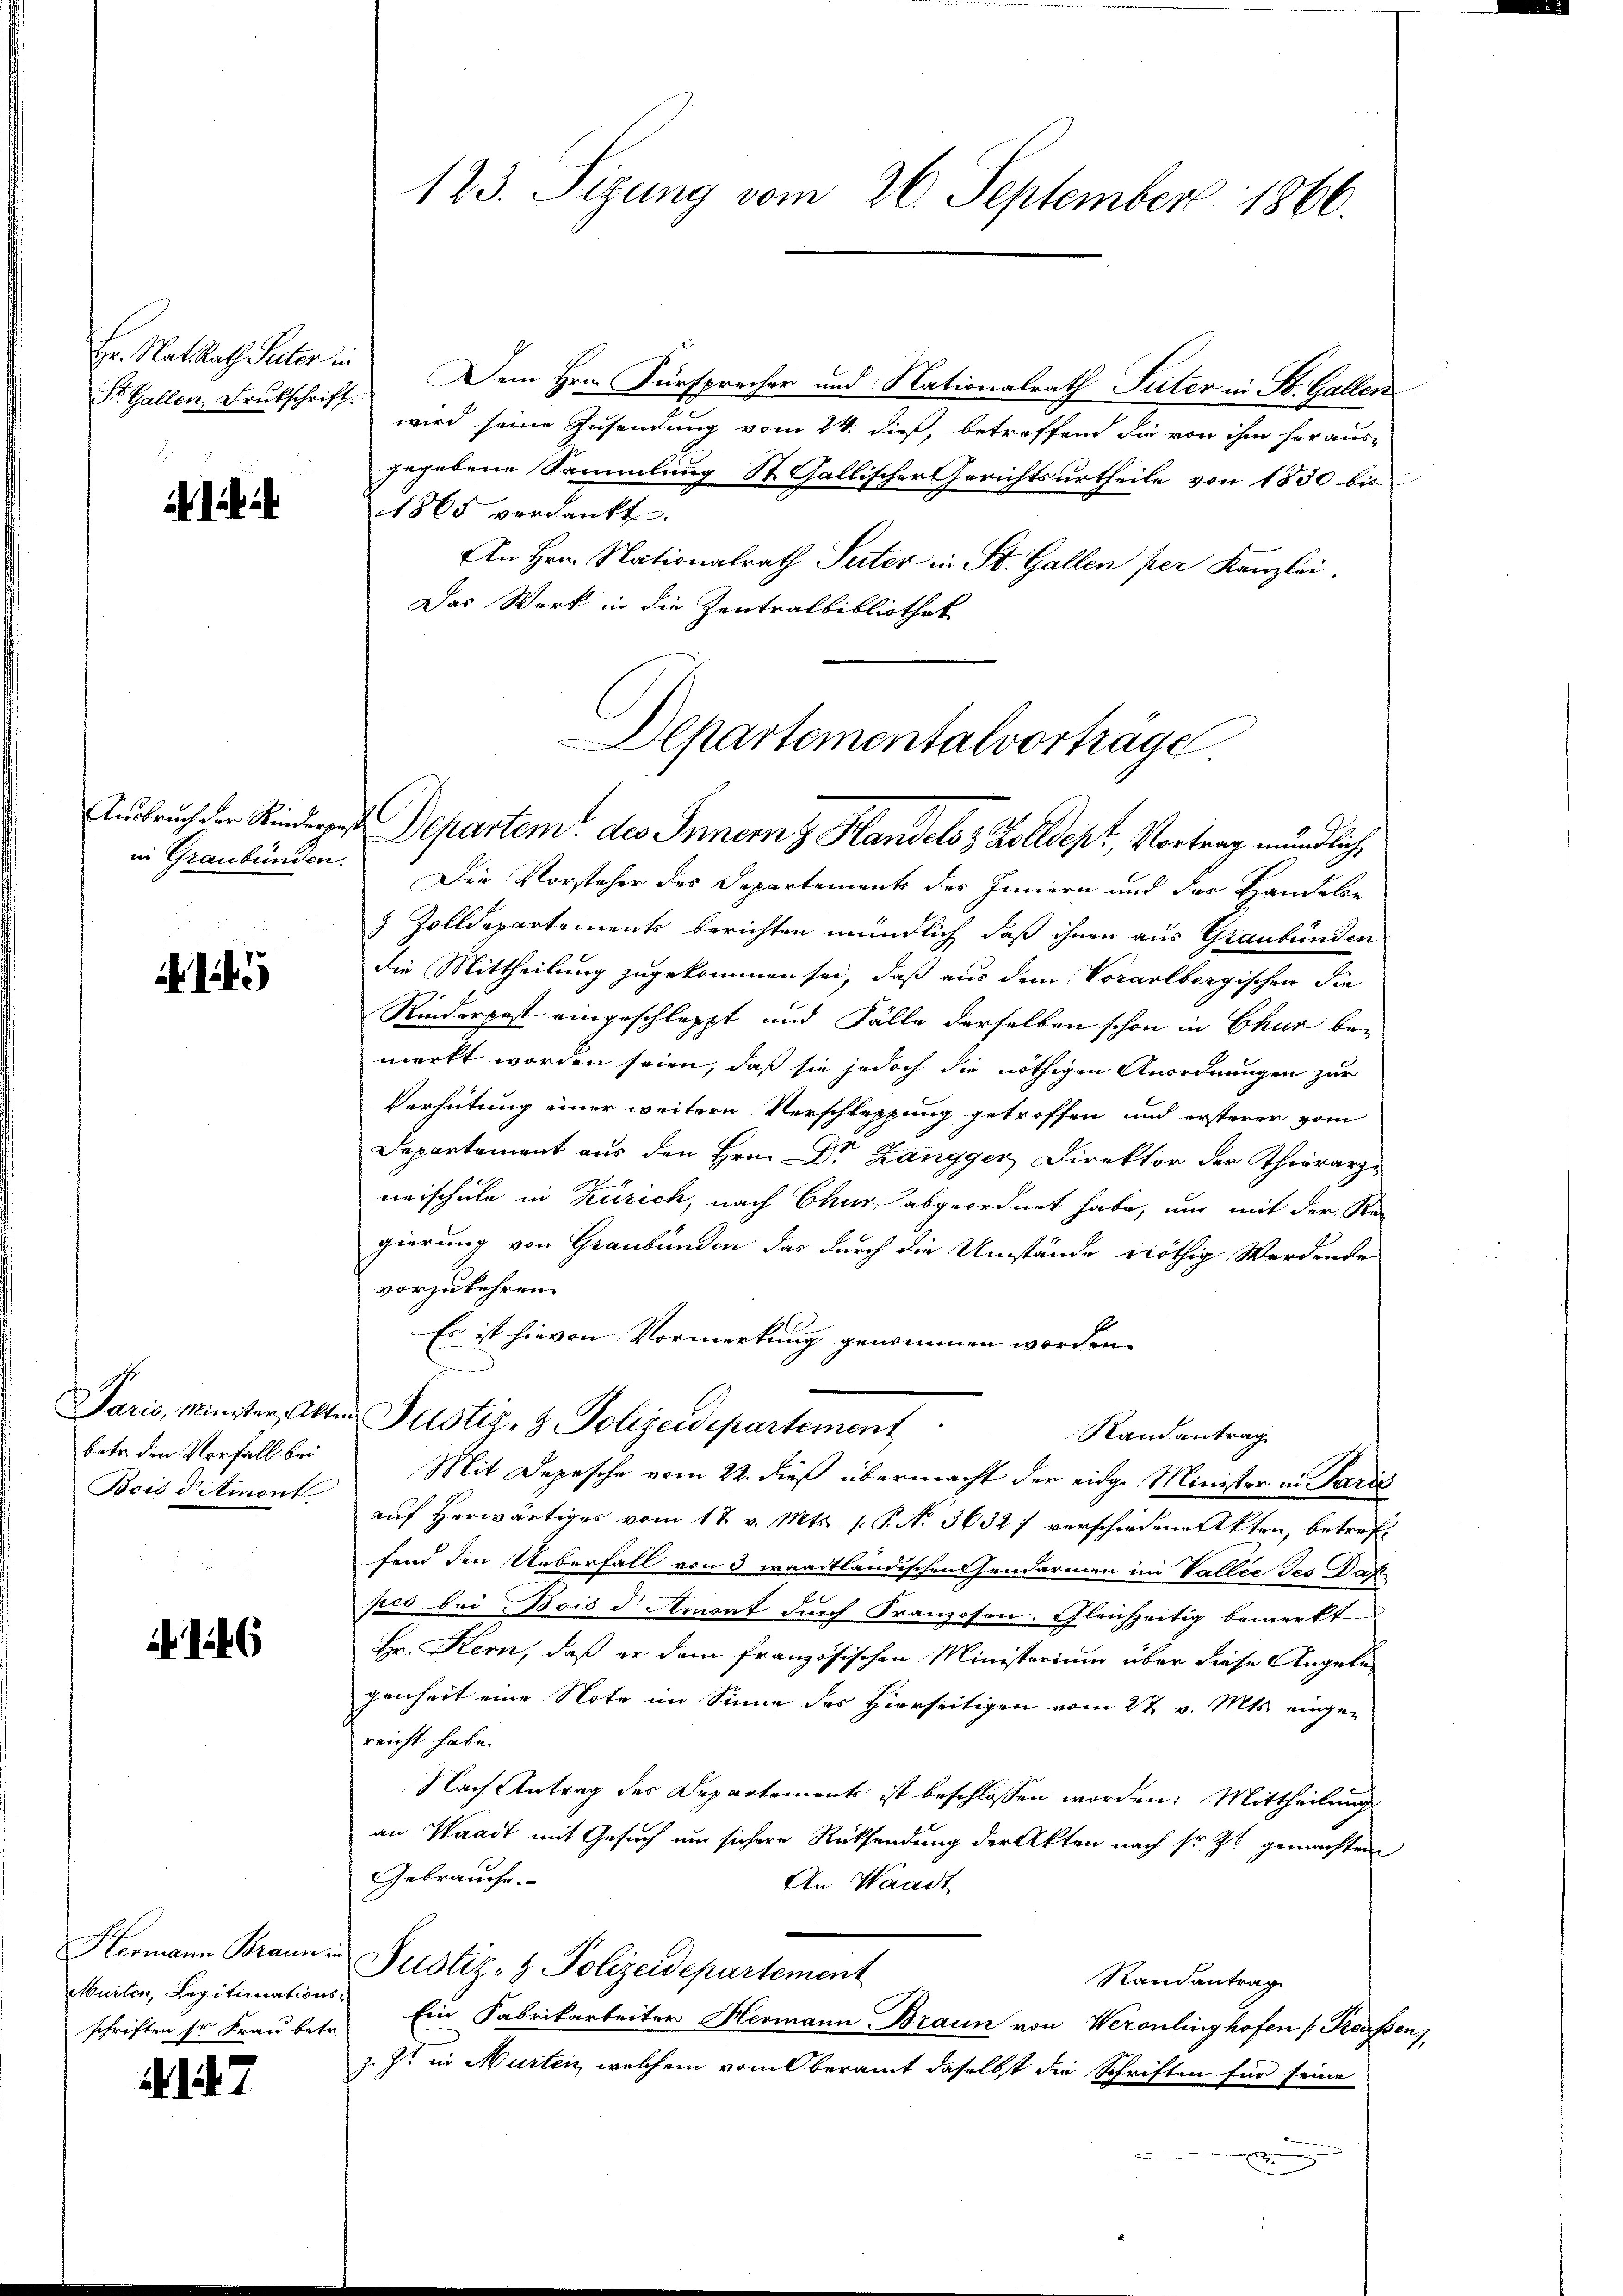
Hr. Rat Rath Pector in

i

145

bate den Vorfall bei
Bois demont

6

Hermann Braun in
Murten, Legitimations
schriften sr Frau betr.

A17

123. Sizung vom 26. September 1866.

Dem Hrn. Fürsprecher und Nationalrath Suter in St. Galler
St. Gallen, Brutscheits wird seine Zusendung vom 24. dieß, betreffend die von ihm heraus-
gegebene Sammlung St. Gallischer Gerichtsurtheile von 1830 bis
1865 verdankt.
An Hrn. Nationalrath Peter in St. Gallen per Kanzlei.
Das Werk in die Zentralbibliothek

Departementalvorträge
Ausbruch der Kindergeste Departen des Innern z. Handels 8 Zolldept, Vortrag mündlich,

Paris, Minister Akten Pustiz- & Polizeidepartement

Randantrag
Mit Depesche vom 22. dieß übermacht der eidge Minister in Paris

in Graubünden. Die Vorsteher des Departements des Innern und der Handelse
3 Zolldepartements berichten mündlich, daß ihnen aus Graubünden
die Mittheilung zugekommen sei, daß aus dem Vorarlbergischen die
Riederpest eingeschleppt und Fälle derselben schon in Chur bemerkt worden seien, daß sie jedoch die nöthigen Anordnungen zur
Verhütung einer weitere Verschleppung getroffen und ersteren vom
Departement aus den Hrn. Dr Zangger Direktor der Thierarzneischule in Zürich, nach Chur abgeordnet habe, und mit der Stei
gierung von Graubünden das durch die Umstände nöthig Werdende
vorzukehren.
Es ist hievon Vormerkung genommen worden.
auf herwärtiges vom 17. v. Mts. 1. P. N. 3632) verschiedene Akten, betreffend den Ueberfall von 3 waadtländischen Hendarmen in Vallee des Daf
pes bei Bois d Amont durch Franzosen. Gleichzeitig bemerkt
Hr. Kern, daß er dem französischen Ministerium über diese Angelegenheit eine Note im Sinne des Hierseitigen vom 27. v. Mts. eingereicht habe.
Nach Antrag des Departements ist beschlossen worden: Mittheilung
an Waadt mit Gesuch um sichere Rücksendung der Akten nach sr. Zt. gemachten
Gebrauche.
An Waadt
Justiz- & Polizeidepartement
Randantrag
Ein Fabrikarbeiter Hermann Braun von Werontinghofen (Preussen,
z. Z. in Murten, welchem vom beramt daselbst die Schriften für seine